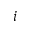
i